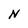
Character: N